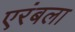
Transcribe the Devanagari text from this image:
एरंबला